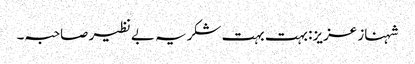
شہناز عزیز: بہت بہت شکریہ بے نظیر صاحبہ۔